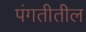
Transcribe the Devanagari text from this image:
पंगतीतील